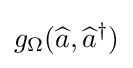
g_{\Omega }({\widehat {a}},{\widehat {a}}^{\dagger })